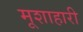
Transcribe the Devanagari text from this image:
मूशाहारी